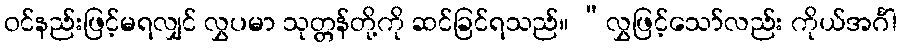
ဝင်နည်းဖြင့်မရလျှင် လွှပမာ သုတ္တန်တို့ကို ဆင်ခြင်ရသည်။ “လွှဖြင့်သော်လည်း ကိုယ်အင်္ဂါ